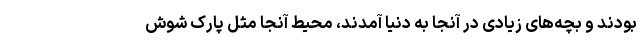
بودند و بچه‌های زیادی در آنجا به دنیا آمدند، محیط آنجا مثل پارک شوش